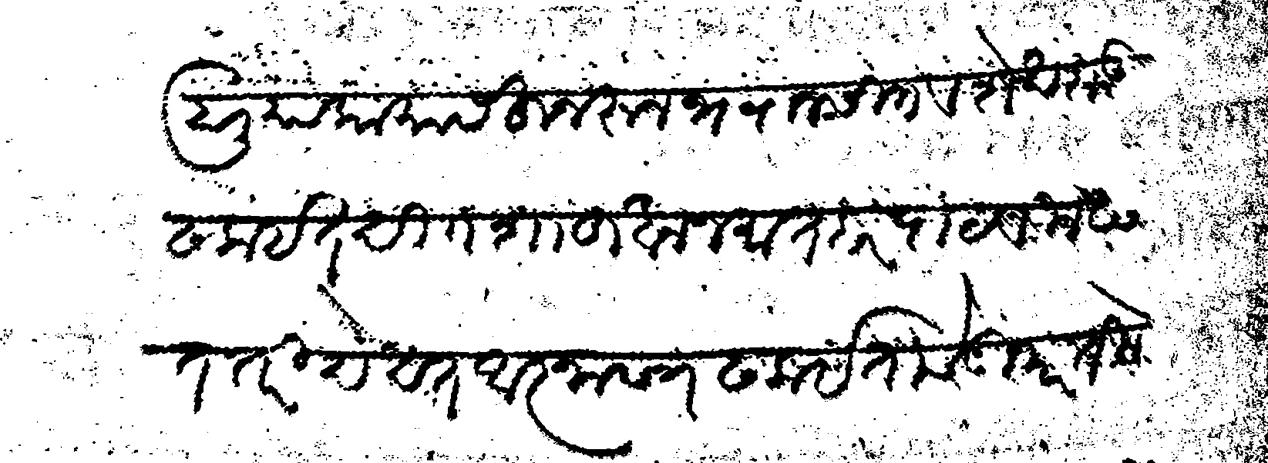
Transliteration (Devanagari): हाली या कामास हुजरून भवानसिंग व शेखदाऊ ढलाइत दी शाहूखान मातबर पाटविले असत तरी देखत आज्ञापत्र ढलाइताचे गुजारतीने